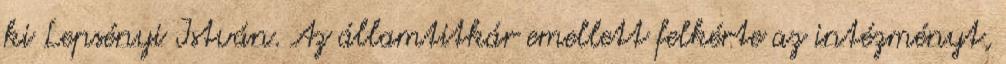
ki Lepsényi István. Az államtitkár emellett felkérte az intézményt,